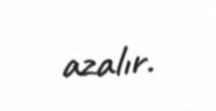
azalır.